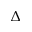
\Delta